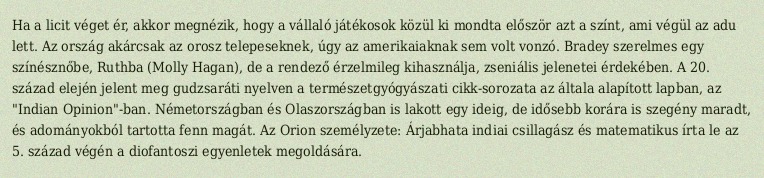
Ha a licit véget ér, akkor megnézik, hogy a vállaló játékosok közül ki mondta először azt a színt, ami végül az adu lett. Az ország akárcsak az orosz telepeseknek, úgy az amerikaiaknak sem volt vonzó. Bradey szerelmes egy színésznőbe, Ruthba (Molly Hagan), de a rendező érzelmileg kihasználja, zseniális jelenetei érdekében. A 20. század elején jelent meg gudzsaráti nyelven a természetgyógyászati cikk-sorozata az általa alapított lapban, az "Indian Opinion"-ban. Németországban és Olaszországban is lakott egy ideig, de idősebb korára is szegény maradt, és adományokból tartotta fenn magát. Az Orion személyzete: Árjabhata indiai csillagász és matematikus írta le az 5. század végén a diofantoszi egyenletek megoldására.